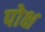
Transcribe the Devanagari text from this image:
पोक्ष